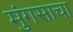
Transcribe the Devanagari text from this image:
मुंगसाचा